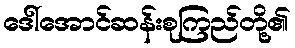
ဒေါ်အောင်ဆန်းစုကြည်တို့၏